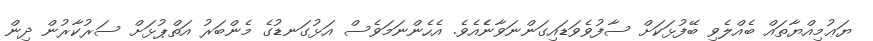
ޔަޢުމިއްޔާތައް ބެއްލެވި ބޭފުޅަކަށް ސާފުވެވަޑައިގަންނަވާނެެއެވެ. އެހެންނަމަވެސް އަޅުގަނޑުގެ މެންބަރު އަތްޕުޅަށް ސަރުކާރުން ދިން